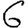
Digit: 6